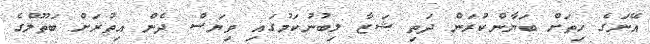
އޭނަގެ ހިތަށް ބަޔާންކުރަން ދަތި ޝަޒާ ލިބުނުކަމުގައި ވިޔަސް ދެން އިތުރަށް ބަތޫލްގެ